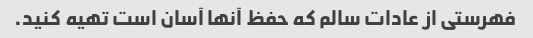
فهرستی از عادات سالم که حفظ آنها آسان است تهیه کنید.